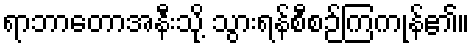
ရာဘာတောအနီးသို့ သွားရန်စီစဉ်ကြကုန်၏။